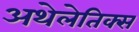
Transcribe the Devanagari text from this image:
अथेलेतिक्स